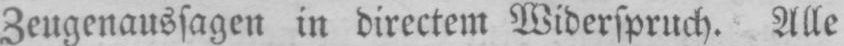
Zeugenaussagen in directem Widerspruch. Alle